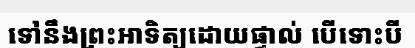
ទៅនឹងព្រះអាទិត្យដោយផ្ទាល់ បើទោះបី